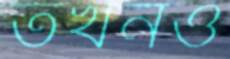
তখনও